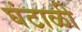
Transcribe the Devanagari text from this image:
घंटाळी